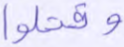
وقتلوا